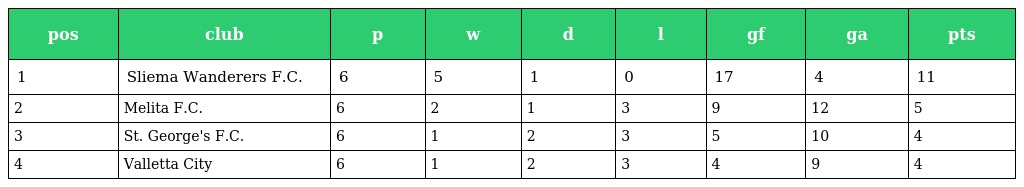
| pos | club | p | w | d | l | gf | ga | pts |
 | --- | --- | --- | --- | --- | --- | --- | --- | --- |
 | 1 | Sliema Wanderers F.C. | 6 | 5 | 1 | 0 | 17 | 4 | 11 |
 | 2 | Melita F.C. | 6 | 2 | 1 | 3 | 9 | 12 | 5 |
 | 3 | St. George's F.C. | 6 | 1 | 2 | 3 | 5 | 10 | 4 |
 | 4 | Valletta City | 6 | 1 | 2 | 3 | 4 | 9 | 4 |